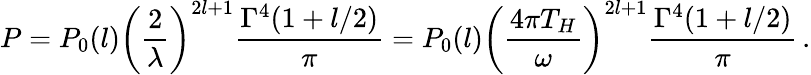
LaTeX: P=P_{0}(l)\left(\frac{2}{\lambda}\right)^{2l+1}\frac{\Gamma^{4}(1+l/2)}{\pi}=P_{0}(l)\left(\frac{4\pi T_{H}}{\omega}\right)^{2l+1}\frac{\Gamma^{4}(1+l/2)}{\pi}\, .